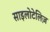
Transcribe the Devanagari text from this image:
साइलोटेलिज़